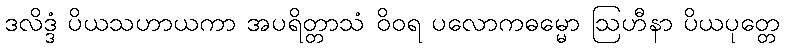
ဒလိဒ္ဒံ ပိယသဟာယကာ အပရိတ္တာသံ ဝိဝရ ပလောကဓမ္မော ဩဟီနာ ပိယပုတ္တေ